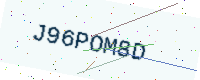
Text: J96POM8D